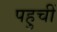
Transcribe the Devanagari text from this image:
पहुचीं